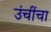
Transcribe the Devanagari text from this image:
उंचींचा